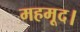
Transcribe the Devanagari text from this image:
महमूद।